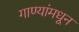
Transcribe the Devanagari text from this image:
गाण्यांमधून